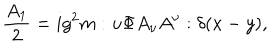
\frac { A _ { 1 } } { 2 } = i g ^ { 2 } m : u \Phi A _ { \nu } A ^ { \nu } : \delta ( x - y ) ,